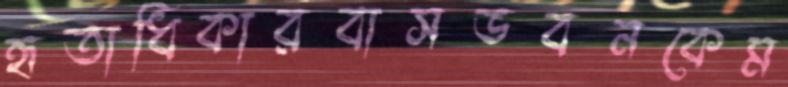
হৃতাধিকারবাসভবনকেম